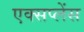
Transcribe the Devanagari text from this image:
एक्सप्लेंस